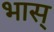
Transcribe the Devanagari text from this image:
भास्